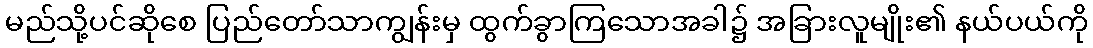
မည်သို့ပင်ဆိုစေ ပြည်တော်သာကျွန်းမှ ထွက်ခွာကြသောအခါ၌ အခြားလူမျိုး၏ နယ်ပယ်ကို